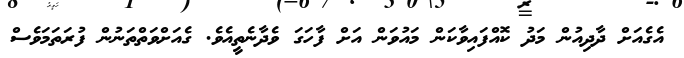
އެގެއަށް ދާދިއުން މަދު ކޮއްފައިވާކަން މައުވަން އަށް ފާހަގަ ވެދާނެތީއެވެ. ގެއަށްވަތްތަނުން ފުރަތަމަވެސް